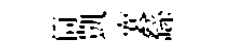
筒凱襄繇